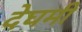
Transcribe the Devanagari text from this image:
देघमी